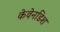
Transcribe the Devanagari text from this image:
केवेनडिश